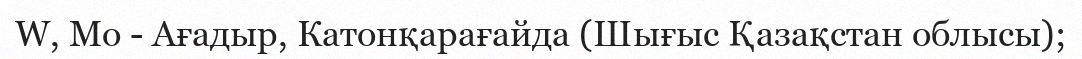
W, Мо - Ағадыр, Катонқарағайда (Шығыс Қазақстан облысы);